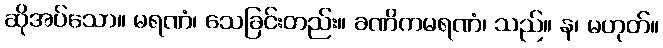
ဆိုအပ်သော။ မရဏံ၊ သေခြင်းတည်း။ ခဏိကမရဏံ၊ သည်။ န၊ မဟုတ်။